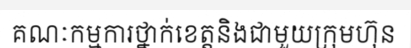
គណៈកម្មការថ្នាក់ខេត្តនិងជាមួយក្រុមហ៊ុន